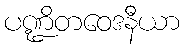
ပဏ္ဍိတဝေဒနီယာ